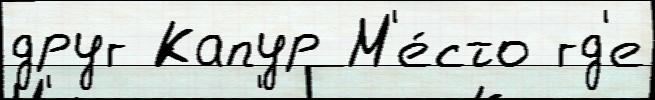
друг Капур М'е́сто гд'е